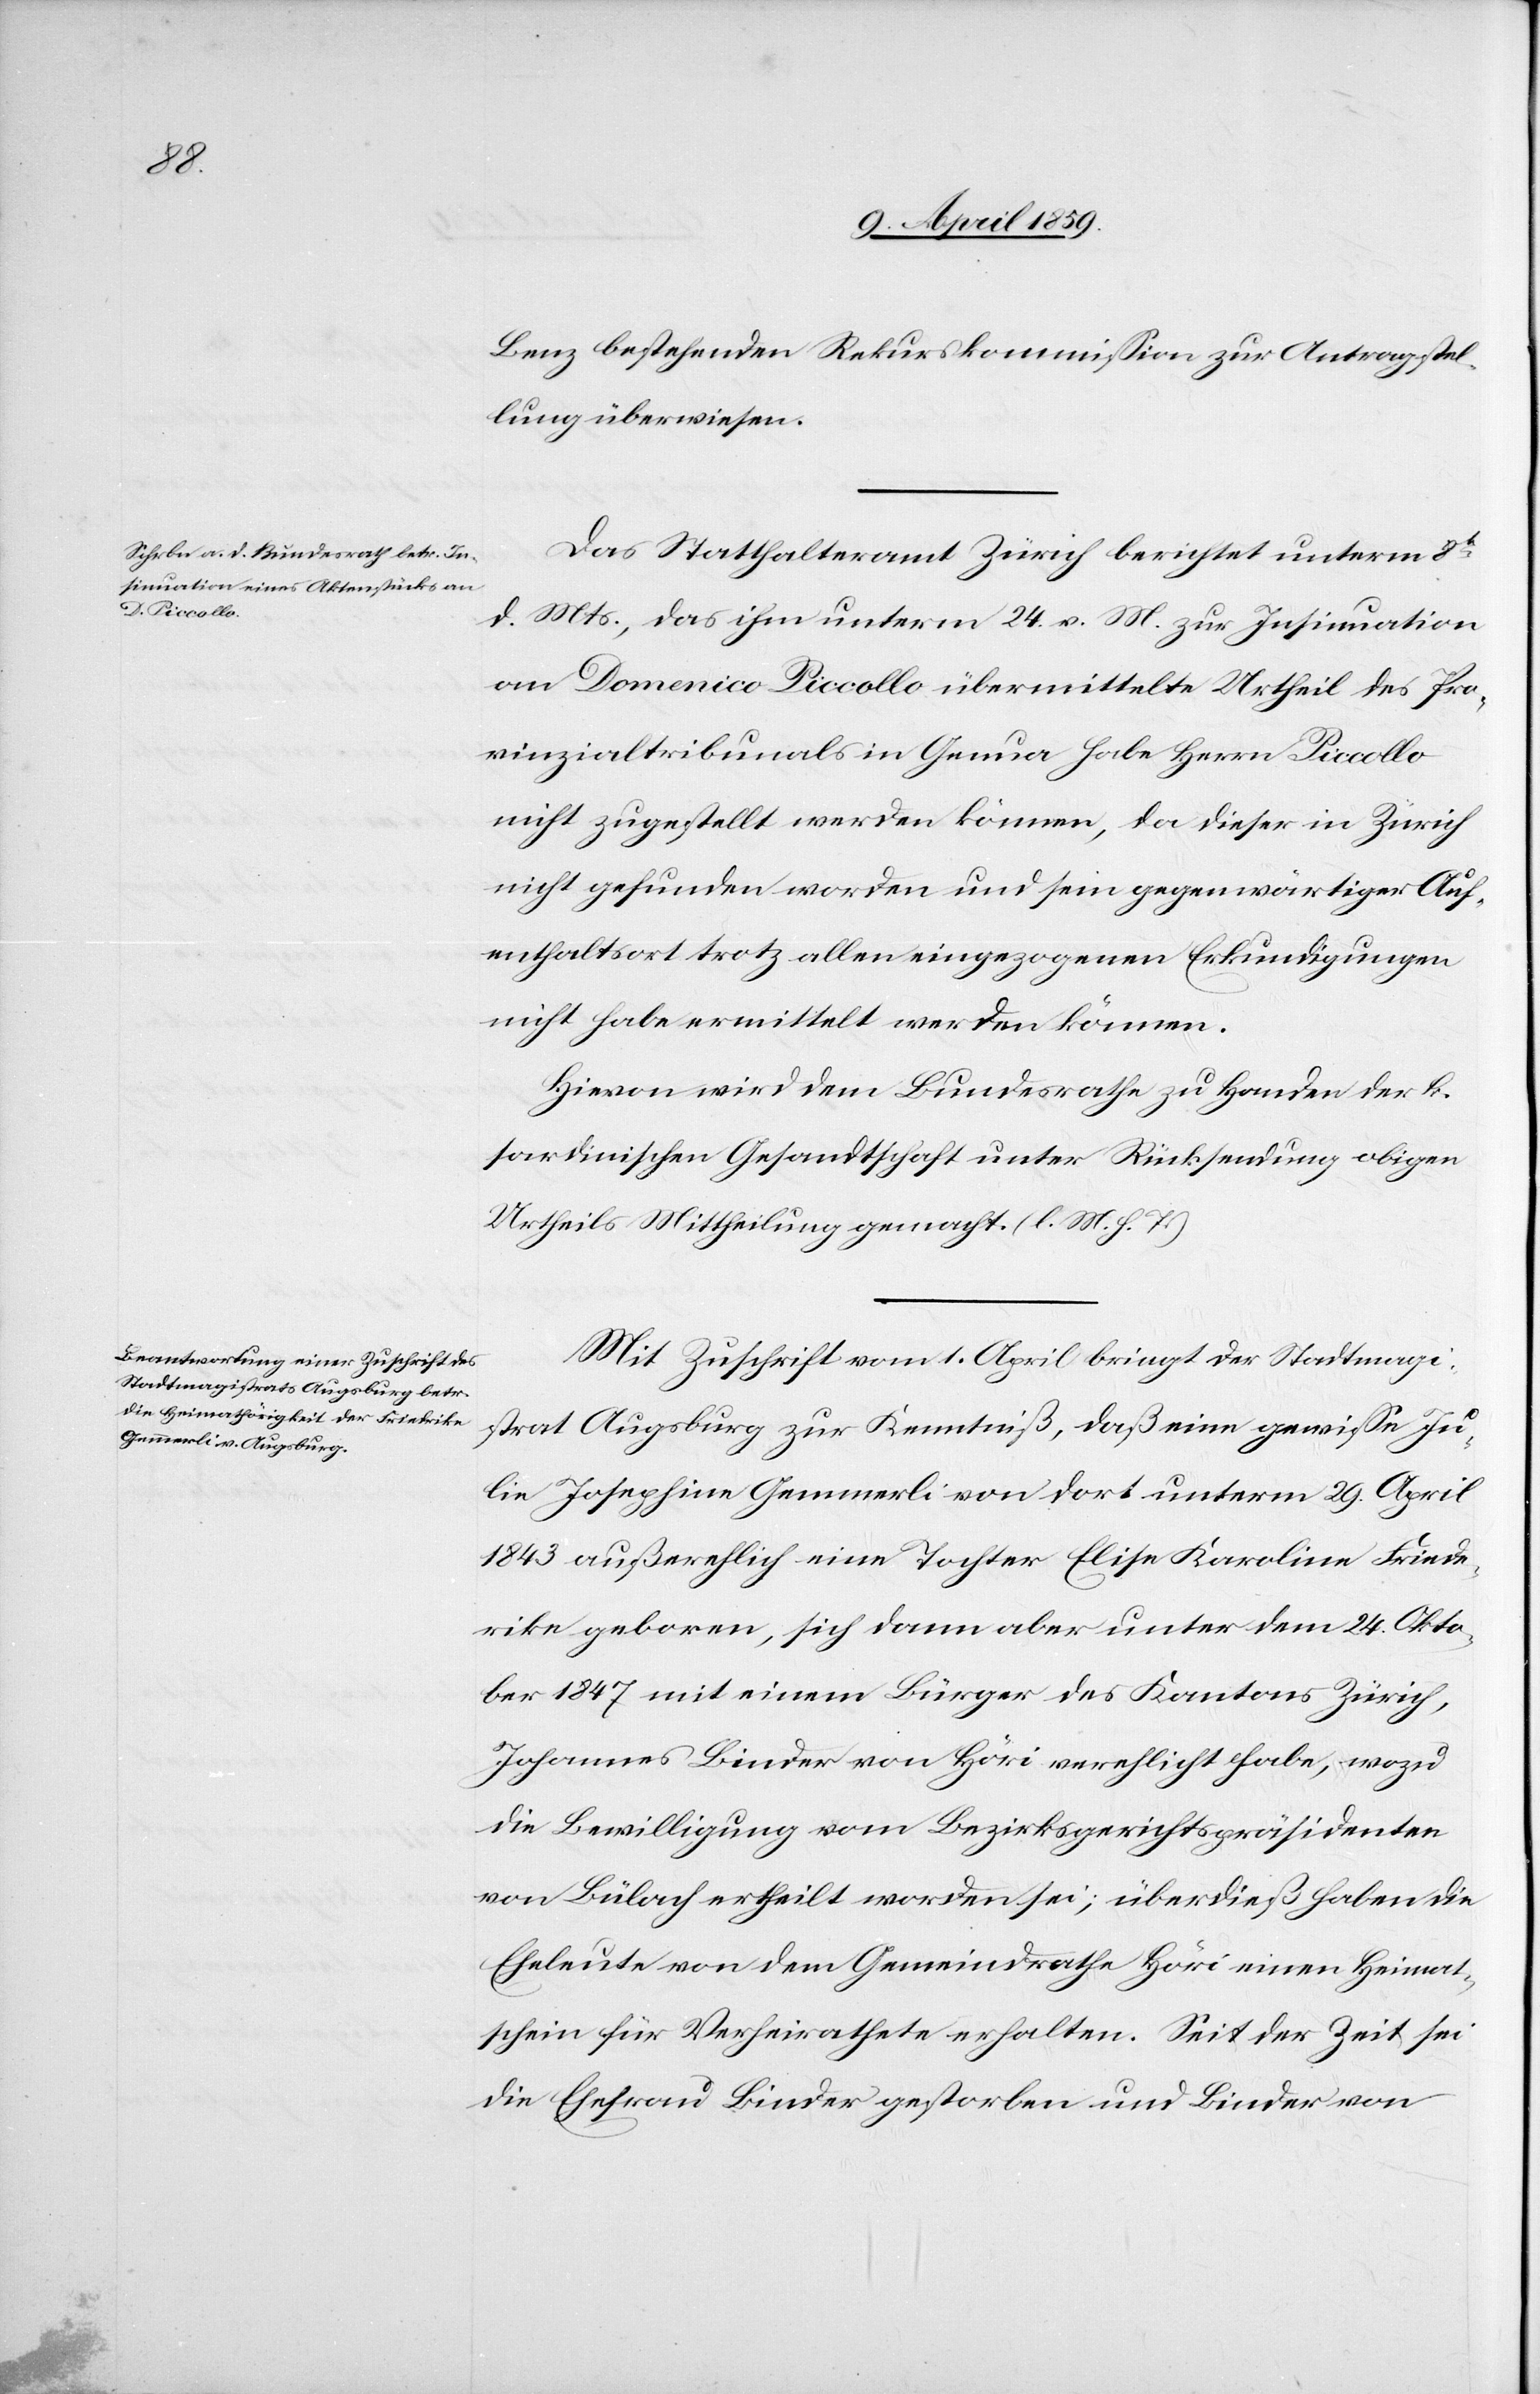
ike

Benz bestehenden Rekurskommißion zur Antragstel¬
lung überwiesen.
Das Statthalteramt Zürich berichtet unterm 8t
d. Mts., das ihm unterm 24. v. M. zur Insinuation
an Domenico Piccollo übermittelte Urtheil des Pro¬
vinzialtribunals in Genua habe Herrn Piccollo
nicht zugestellt werden können, da dieser in Zürich
nicht gefunden worden und sein gegenwärtiger Auf¬
enthaltsort trotz allen eingezogenen Erkundigungen
nicht habe ermittelt werden können.
Hievon wird dem Bundesrathe zu Handen der k.
sardinischen Gesandtschaft unter Rücksendung obigen
Urtheils Mittheilung gemacht. (l. M. h. T.)
Mit Zuschrift vom 1. April bringt der Stadtmagi¬
strat Augsburg zur Kenntniß, daß eine gewiße Ju¬
lie Josephine Gemmerli von dort unterm 29. April
1843 außerehlich eine Tochter Elise Karoline Frieder¬
[sic!] geboren, sich dann aber unter dem 24. Okto¬
ber 1847 mit einem Bürger des Kantons Zürich,
Johannes Linder von Höri verehlicht habe, wozu
die Bewilligung vom Bezirksgerichtspräsidenten
von Bülach ertheilt worden sei; überdieß haben die
Eheleute von dem Gemeindrathe Höri einen Heimat¬
schein für Verheirathete erhalten. Seit der Zeit sei
die Ehefrau Linder gestorben und Linder von